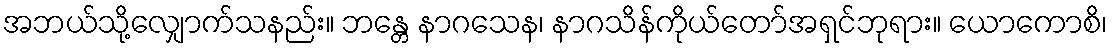
အဘယ်သို့လျှောက်သနည်း။ ဘန္တေ နာဂသေန၊ နာဂသိန်ကိုယ်တော်အရှင်ဘုရား။ ယောကောစိ၊